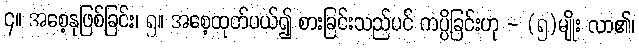
၄။ အစေ့နုဖြစ်ခြင်း၊ ၅။ အစေ့ထုတ်ပယ်၍ စားခြင်းသည်ပင် ကပ္ပိခြင်းဟု - (၅)မျိုး လာ၏၊